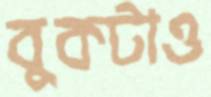
বুকটাও